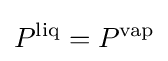
P^{\text{liq}}=P^{\text{vap}}